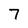
Character: 7